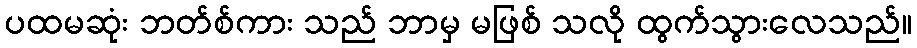
ပထမဆုံး ဘတ်စ်ကား သည် ဘာမှ မဖြစ် သလို ထွက်သွားလေသည်။